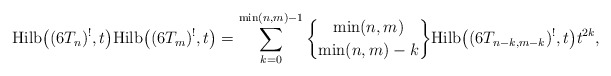
\begin{gather*} {\rm Hilb}\big((6T_n)^{!},t\big) {\rm Hilb}\big((6T_m)^{!},t\big)=\sum_{k=0}^{\min (n,m)-1}{\min(n,m) \brace \min(n,m)-k}{\rm Hilb}\big((6T_{n-k,m-k})^{!},t\big) t^{2k},\end{gather*}